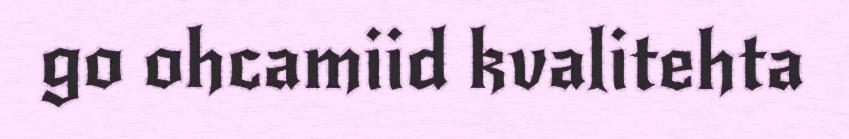
go ohcamiid kvalitehta